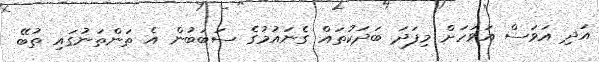
އަދި އަވަސް އަވަހަށް މިފަދަ ބަދަކުތައް ގެނައުމުގެ ސަބަބުން އެ ތަންތަނުގައި ތުބޭ